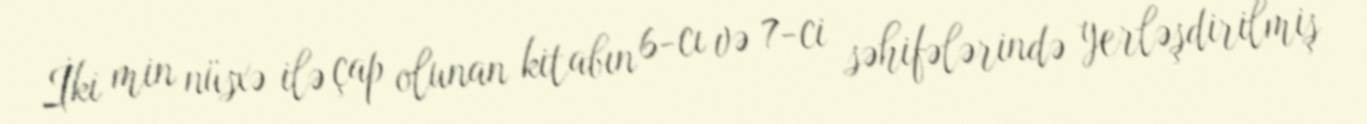
İki min nüsxə ilə çap olunan kitabın 6-cı və 7-ci səhifələrində yerləşdirilmiş